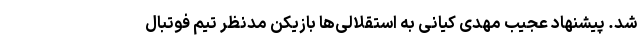
شد. پیشنهاد عجیب مهدی کیانی به استقلالی‌ها بازیکن مدنظر تیم فوتبال